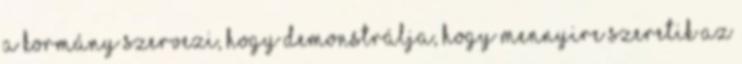
a kormány szervezi, hogy demonstrálja, hogy mennyire szeretik az